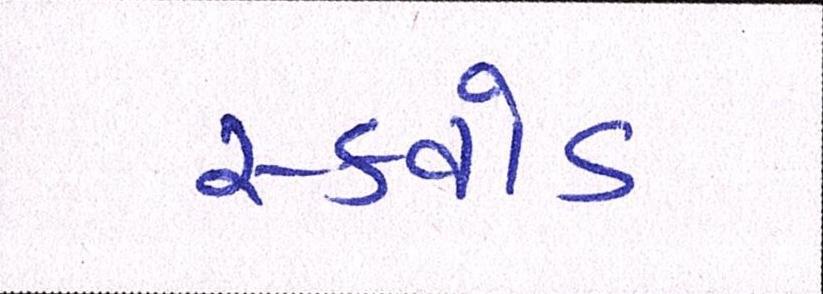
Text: સ્ક્વોડ